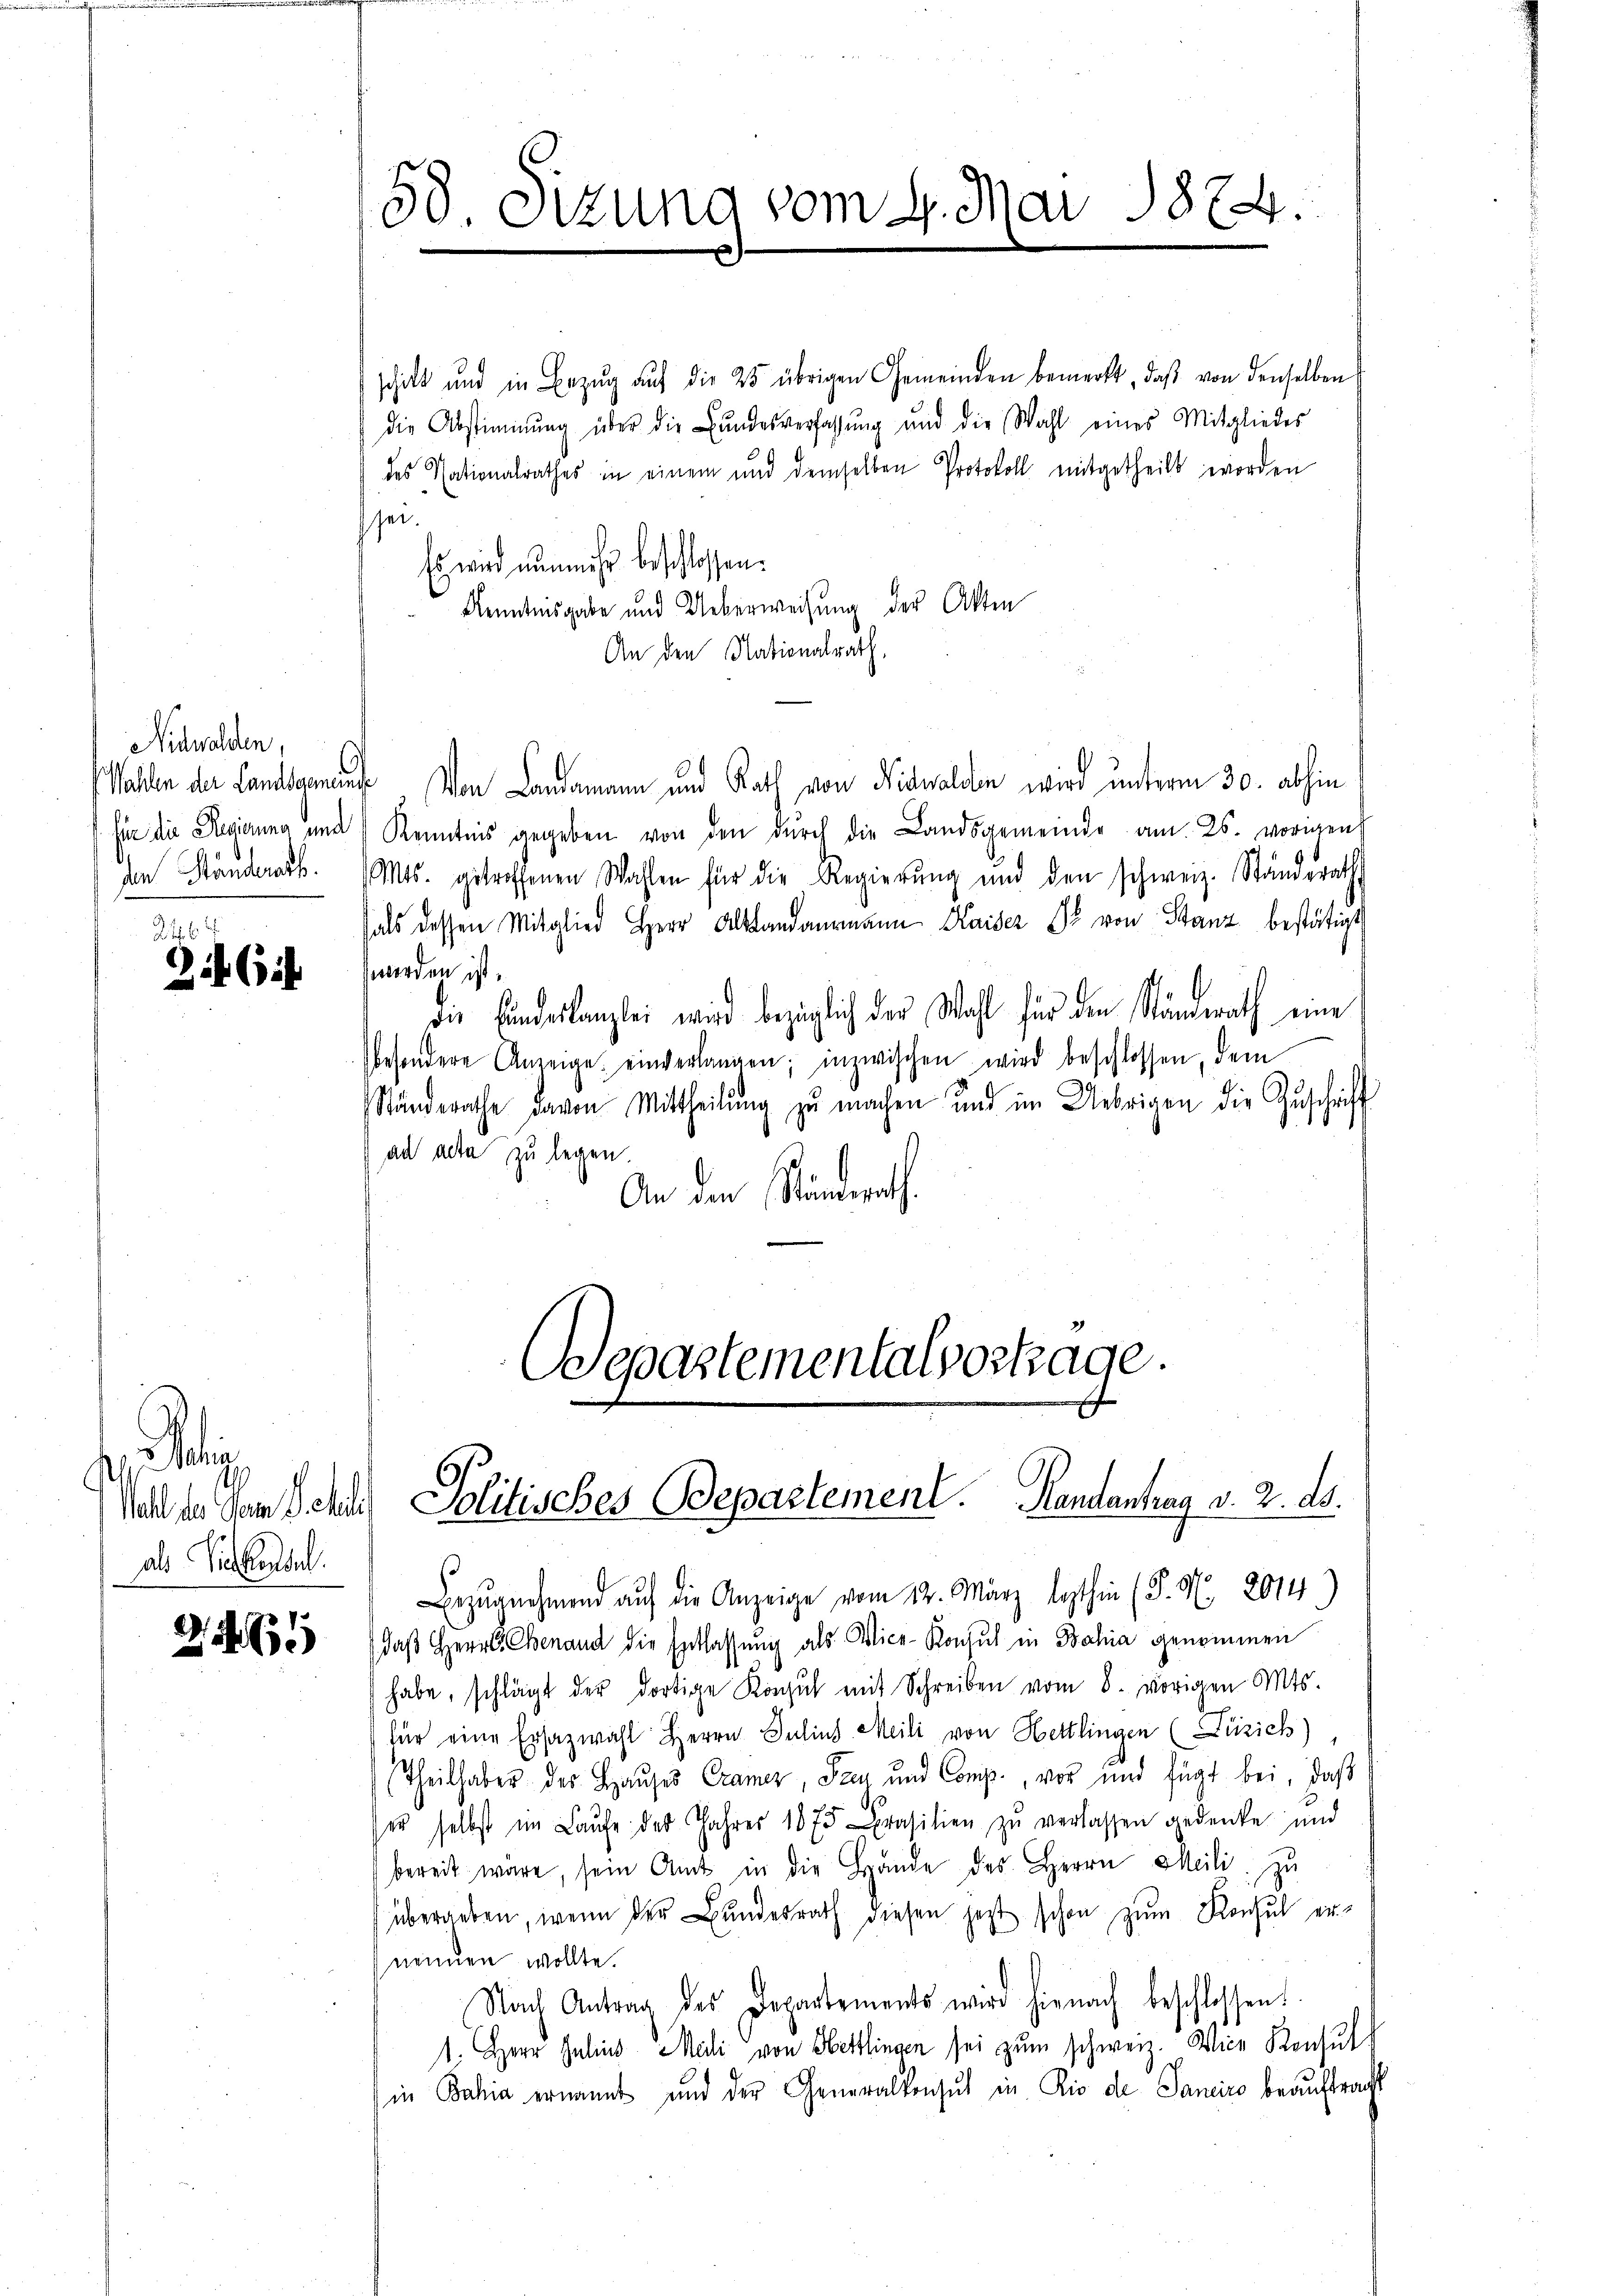
Nidwalden,
den Ständerarb

246
26

Selig
als Sickenden.

265

58. Sitzung vom 4. Mai 1874.

schick und in Bezŭg aŭf die 25 übrigen Gemeinden bemerkt, daß von denselben
die Abstimmung über die Bundesverfassŭng und die Wahl eines Mitgliedes
des Nationalrathes in einem und demselben Protokoll mitgetheilt worden
sei.
Es wird nunmehr beschlossen:
Kenntnisgabe und Ueberweisung der Akten
An den Nationalrath,
allen der Landsgenauf von Landamann und Rath von Nidwalden wird unterm 30. abhin
für die Regierung und Kenntnis gegeben von den durch die Landsgemeinde am 26. vorigens
Mts. getroffenen Wahlen für die Regierŭng und den schweiz. Ständerath
hals dessen Mitglied Herr Altlandarmann Kaiser Er von Stanz bestätigt
worden ist.
die Eindeskanzlei wird bezüglich der Wahl für den Ständerath eine
besondere Anzeige einverlangen; inzwischen wird beschlossen, dem
Ständerathe davon Mittheilŭng zu machen und im Uebrigen die Zuschrift
ad acta zu legen.
An den Stunderath.

Coepastementalvortrage.
Nachter dem Schein Politisches Bepartement. Handantrag v. 2. d.

Bezŭgnehmend auf die Anzeige vom 12. März lezthin (S. Nr. 2014.)
daß Herrn Chenand die Entlassung als Vice-Konsul in Bahia genommen
habe, schlägt der dortige Konzil mit Schreiben vom 8. vorigen Mts.
für eine Ersazwahl Herrn Julius Meili von Hettlingen (Zürich)
Theilhaber des Hauses Cramer, Frau und Comp., vor und fügt bei, daß
ser selbst im Laŭfe des Jahres 1875 rasilien zŭ verlassen gedenke und
bereit wäre, sein Amt in die Hande des Herrn Meili, zu
übergeben, wenn der Bundesrath diesen jetzt schon zum Konsul er-
nennen wollte.
Nach Antrag des Departements wird hienach beschlossen!
1. Herr Gelind Meli von Hettlingen sei zum schweiz. Vice Konsul
in Bahia ernannt und der Generalkonsul in Rio die Saniro beauftragt